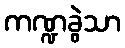
ကဏ္ဍခွဲသာ